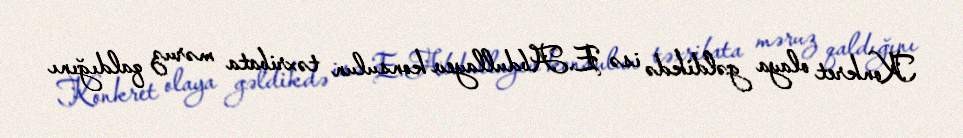
Konkret olaya gəldikdə isə E.Abdullayev konsulun təxribata məruz qaldığını